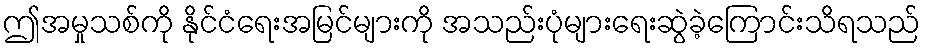
ဤအမှုသစ်ကို နိုင်ငံရေးအမြင်များကို အသည်းပုံများရေးဆွဲခဲ့ကြောင်းသိရသည်